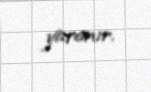
yaranır.